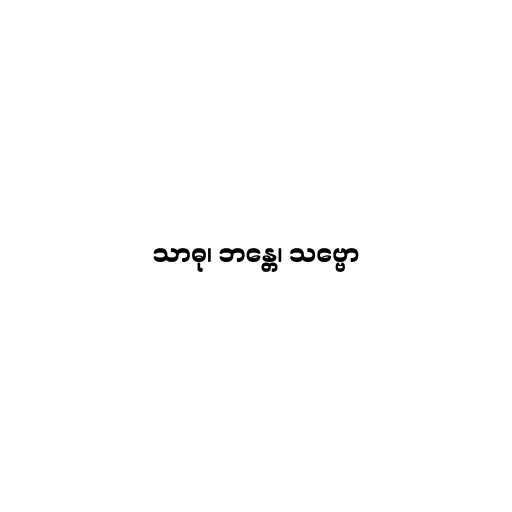
သာဓု၊ ဘန္တေ၊ သဗ္ဗော